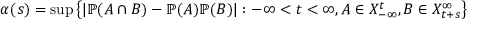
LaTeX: \alpha ( s ) = \operatorname* { s u p } \left\{ | \mathbb { P } ( A \cap B ) - \mathbb { P } ( A ) \mathbb { P } ( B ) | : - \infty < t < \infty , A \in X _ { - \infty } ^ { t } , B \in X _ { t + s } ^ { \infty } \right\}